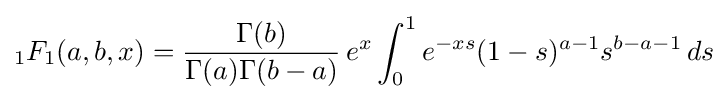
{}_{1}F_{1}(a,b,x)={\frac {\Gamma (b)}{\Gamma (a)\Gamma (b-a)}}\,e^{x}\int _{0}^{1}e^{-xs}(1-s)^{a-1}s^{b-a-1}\,ds